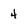
Character: 4